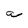
Character: a